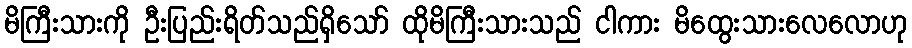
မိကြီးသားကို ဦးပြည်းရိတ်သည်ရှိသော် ထိုမိကြီးသားသည် ငါကား မိထွေးသားလေလောဟု